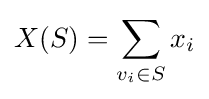
X(S)=\sum _{v_{i}\in S}x_{i}